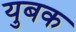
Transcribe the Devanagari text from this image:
युबक